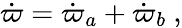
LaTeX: \dot{\varpi}=\dot{\varpi}_{a}+\dot{\varpi}_{b}\ ,